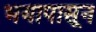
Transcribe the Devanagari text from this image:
भयापासून